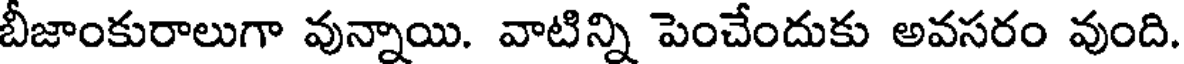
బీజాంకురాలుగా వున్నాయి. వాటిన్ని పెంచేందుకు అవసరం వుంది